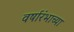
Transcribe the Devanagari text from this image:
वर्षारंभाच्या